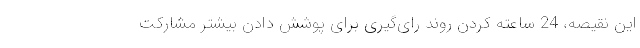
این نقیصه، 24 ساعته کردن روند رای‌گیری برای پوشش دادن بیشتر مشارکت